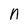
Character: n